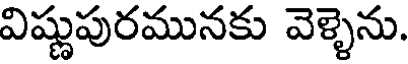
విష్ణుపురమునకు వెళ్ళెను.